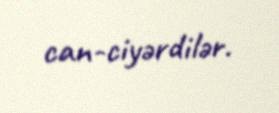
can-ciyərdilər.